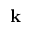
{ \mathbf k }